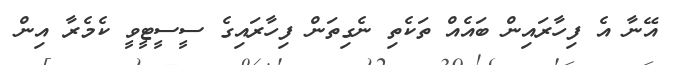
އޭނާ އެ ފިހާރައިން ބައެއް ތަކެތި ނެގިތަން ފިހާރައިގެ ސީސީޓީވީ ކެމެރާ އިން